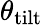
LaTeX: \theta_{\mathrm{tilt}}